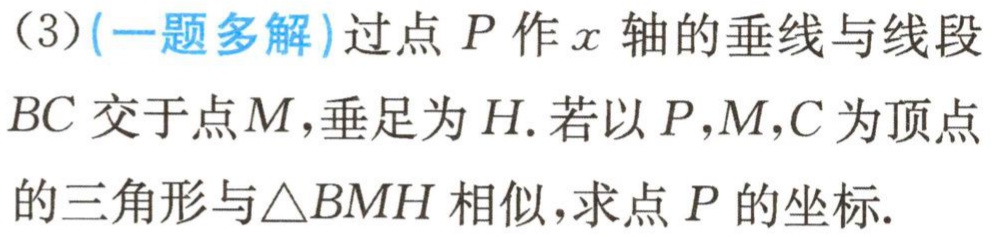
(3)(一题多解)过点 \(P\) 作 \(x\) 轴的垂线与线段 \(BC\) 交于点 \(M\)，垂足为 \(H\). 若以 \(P,M,C\) 为顶点的三角形与\(\triangle BMH\) 相似，求点 \(P\) 的坐标.